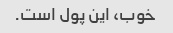
خوب، این پول است.